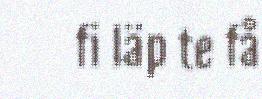
fi läp te få